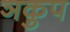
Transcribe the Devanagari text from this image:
ञकुप